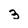
Character: 3